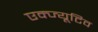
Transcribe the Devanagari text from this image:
एक्ज्यूटिव